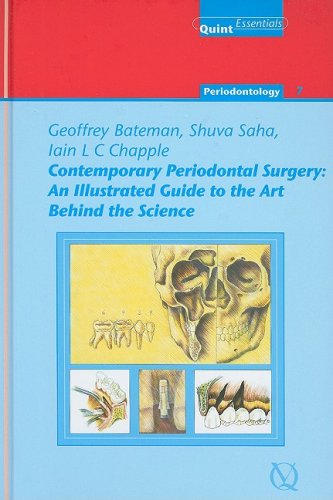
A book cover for Contemporary Periodontal Surgery: An Illustrated Guide to the Art Behind the Science (Quintessentials of Dental Practice 21/ Periodontology) (Quintessentials of Dental Practice 21/ Periondontology); Geoffrey Bateman; Medical Books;